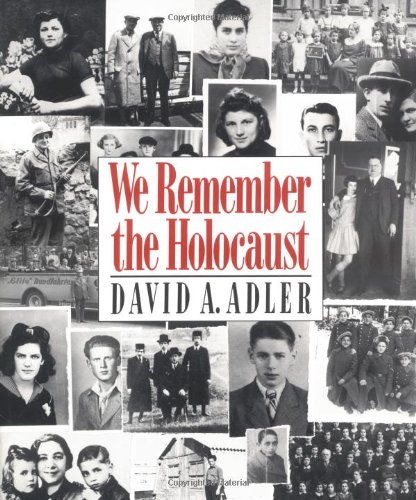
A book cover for We Remember the Holocaust; David A. Adler; Children's Books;